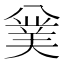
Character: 𠔯